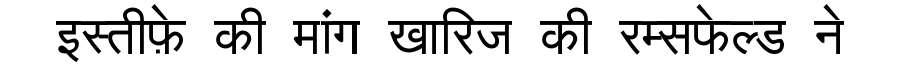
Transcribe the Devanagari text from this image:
इस्तीफ़े की मांग खारिज की रम्सफेल्ड ने